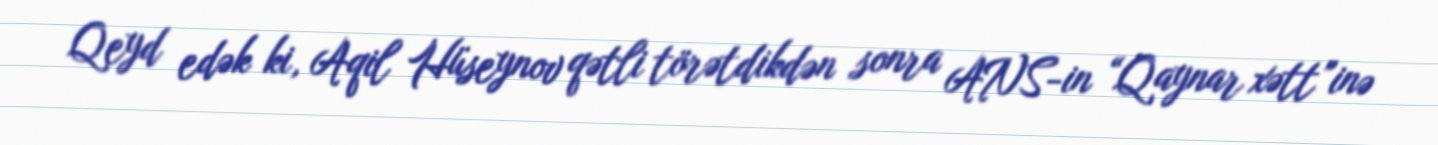
Qeyd edək ki, Aqil Hüseynov qətli törətdikdən sonra ANS-in “Qaynar xətt”inə